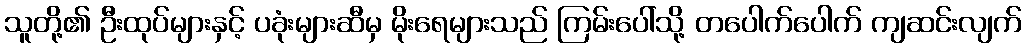
သူတို့၏ ဦးထုပ်များနှင့် ပခုံးများဆီမှ မိုးရေများသည် ကြမ်းပေါ်သို့ တပေါက်ပေါက် ကျဆင်းလျက်